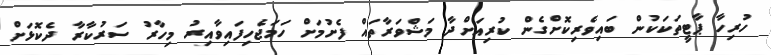
ހުރިހާ ޕާޓީތަކަކުން ބައިވެރިކޮށްގެން ކުރިއަށްދާ މަޝްވަރާތައް ފެށުމަށް ހަމަޖެހިފައިވާއިރު މިހާރު ސަރުކާރާ ދެކޮޅަށް